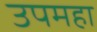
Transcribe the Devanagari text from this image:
उपमहा